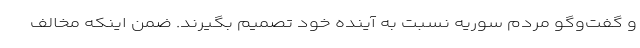
و گفت‌وگو مردم سوریه نسبت به آینده خود تصمیم بگیرند. ضمن اینکه مخالف